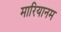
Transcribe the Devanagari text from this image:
मारियानम